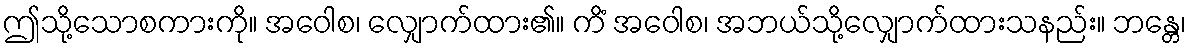
ဤသို့သောစကားကို။ အဝေါစ၊ လျှောက်ထား၏။ ကိံ အဝေါစ၊ အဘယ်သို့လျှောက်ထားသနည်း။ ဘန္တေ၊